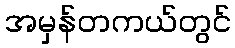
အမှန်တကယ်တွင်